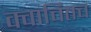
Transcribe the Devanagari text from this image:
क्वाचितच